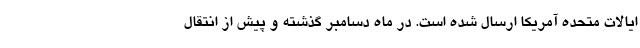
ایالات متحده آمریکا ارسال شده است. در ماه دسامبر گذشته و پیش از انتقال